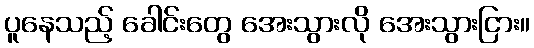
ပူနေသည့် ခေါင်းတွေ အေးသွားလို အေးသွားငြား။